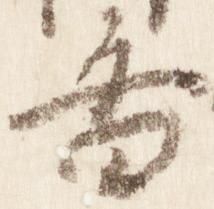
香